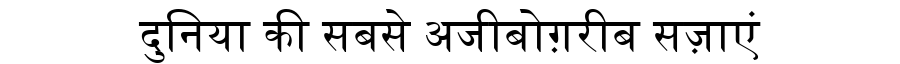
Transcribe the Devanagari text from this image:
दुनिया की सबसे अजीबोग़रीब सज़ाएं